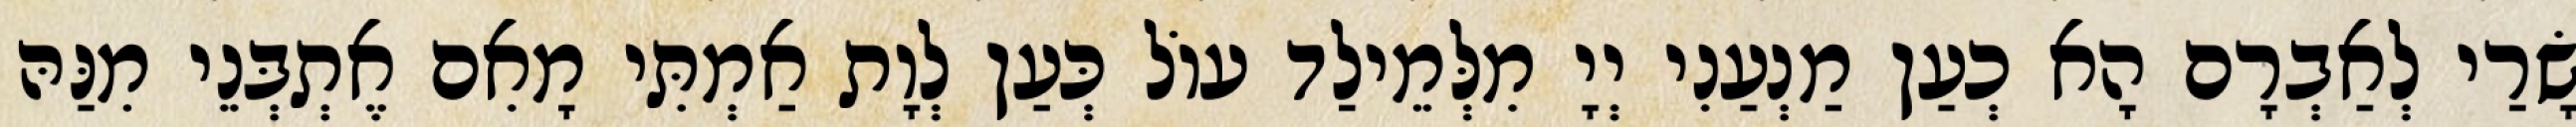
שָׂרַי לְאַבְרָם הָא כְעַן מַנְעַנִי יְיָ מִלְּמֵילַד עוֹל כְּעַן לְוָת אַמְתִּי מָאִם אֶתְבְּנֵי מִנַּהּ